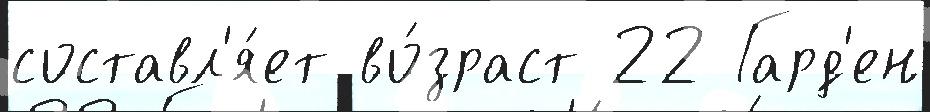
составл'я́ет во́зраст 22 Гард'ен